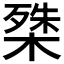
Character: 𭫔